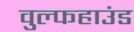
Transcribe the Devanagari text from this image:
वुल्फहाउंड